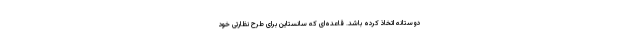
دوستانه اتخاذ کرده باشد. قاعده‌ای که سانستاین برای طرح نظارتی خود